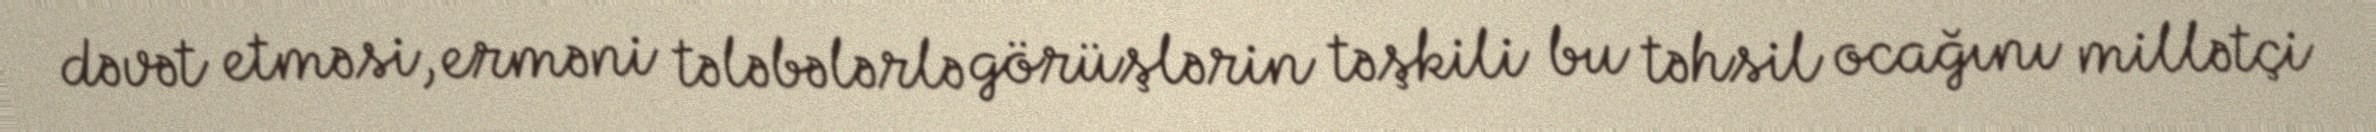
dəvət etməsi, erməni tələbələrlə görüşlərin təşkili bu təhsil ocağını millətçi